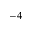
^ { - 4 }